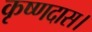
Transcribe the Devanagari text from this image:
कृष्णदास।